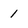
Character: 1